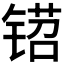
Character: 𬭡